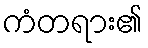
ကံတရား၏